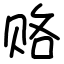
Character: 赂